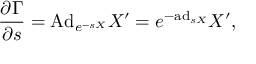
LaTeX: { \frac { \partial \Gamma } { \partial s } } = \mathrm { A d } _ { e ^ { - s X } } X ^ { \prime } = e ^ { - \mathrm { a d } _ { s X } } X ^ { \prime } ,